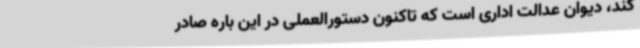
کند، دیوان عدالت اداری است که تاکنون دستورالعملی در این باره صادر